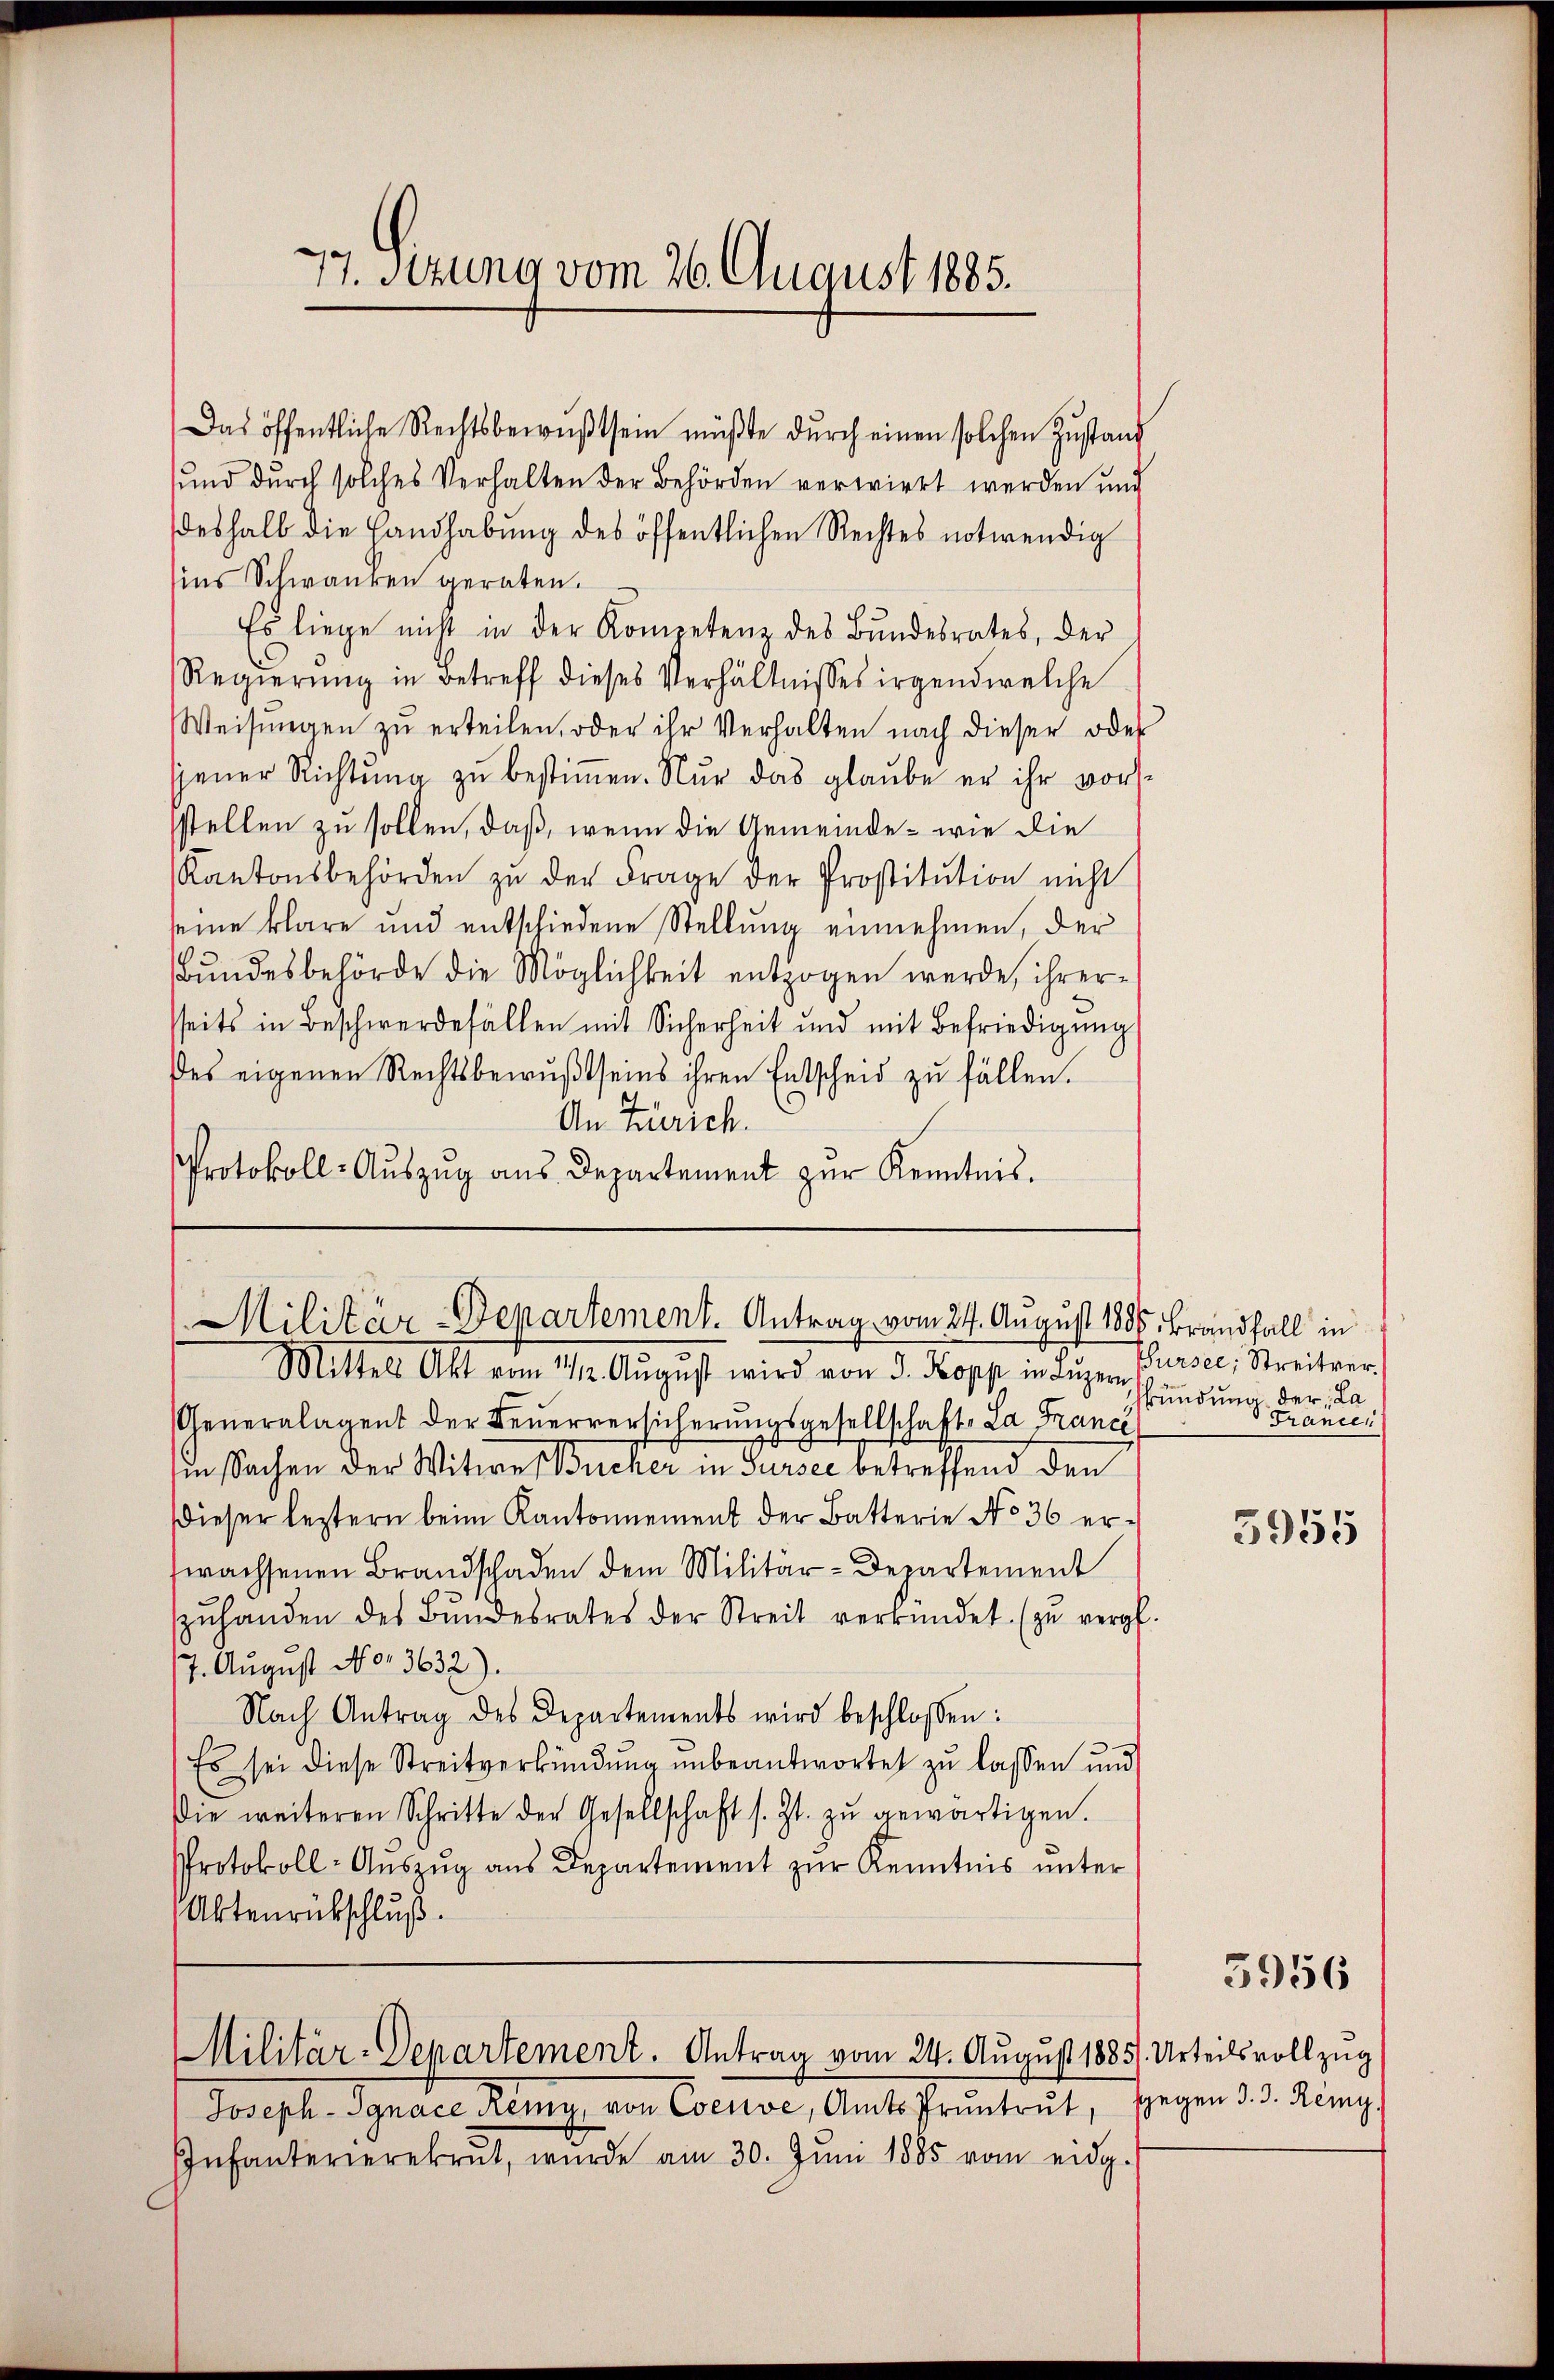
77. Sitzung vom 26. August 1885.

Das öffentliche Rechtsbewußtsein müßte dŭrch einen solchen Zustand
sund durch solches Verhalten der Behörden verwirrt werden und
deshalb die Landhabung des öffentlichen Rechtes notwendig
ins Schwanken geraten.
Es liege nicht in der Kompetenz des Bŭndesrates, der
Regierŭng in Betreff dieses Verhältnisses irgendwelche
Weisŭngen zŭ erteilen, oder ihr Verhalten nach dieser oder
jener Richtung zu bestimmen. Nur das glaube er ihr vorssstellen zu sollen, daß, wenn die Gemeinde - wie die
Kantonsbehörden zŭ der Frage der Prostitŭtion nicht
seine klare und entschiedene Stellung einnehmen, der
Bundesbehörde die Möglichkeit entzogen werde, ihrersseits in Beschwerdefällen mit Sicherheit und mit Befriedigŭng
des eigenen Rechtsbewußtseins ihren Entscheid zu fällen.
An Zürich.
Protokoll-Auszug aus Departement zur Kenntnis.

Militär-Departement. Antrag vom 24. August 1886. Brandfall in
Mittels Akt vom 11/2. Aŭgŭst wird von d. Kopp in Luzern

Sursee, Streitver.
kündung der La
Francen

Generalagent der Feŭerversicherŭngsgesellschaft, La France
in Sachen der Witwe Bucker in Surse betreffend den
dieser leztern beim Kantonnement der Batterie No 36 erfwachsenen Brandschaden dem Militär-Departement
zŭhanden des Bŭndesrates der Streit verkündet. (zu vergl.
7. August No. 3632).
Nach Antrag des Departements wird beschlossen:
Es sei diese Streitverkündung unbeantwortet zu lassen und
Die weiteren Schritte der Gesellschaft s. Zt. zŭ gewärtigen.
Protokoll- Aŭszŭg aŭs Departement zŭr Kenntnis unter
Aktenrückschluß.

3955

3956

Militär-Departement. Antrag vom 24. August 1885/. Urteilsvollzug

Joseph Ignare Remy, von Coeuve, Amts Pruntrut, gegen d. d. Ring
Infanterierekrut, wurde am 30. Jŭni 1885 vom eidg.